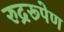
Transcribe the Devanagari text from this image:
रुद्ररूपेण